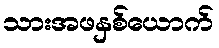
သားအဖနှစ်ယောက်